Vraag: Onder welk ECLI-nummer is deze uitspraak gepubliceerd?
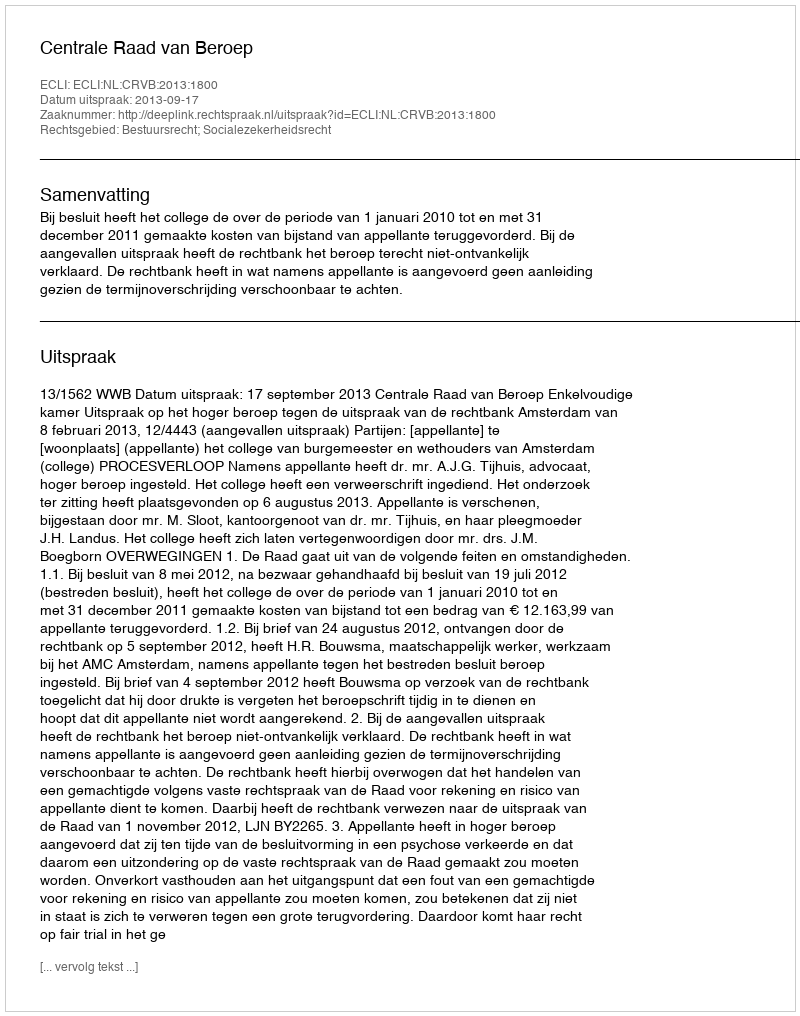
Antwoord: ECLI:NL:CRVB:2013:1800